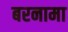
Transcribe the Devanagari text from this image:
बरनामा